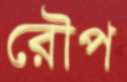
রৌপ